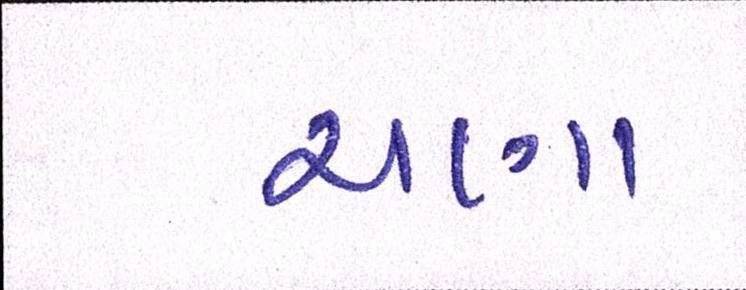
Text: ચણા